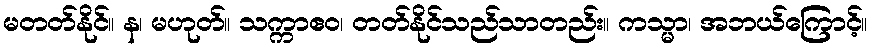
မတတ်နိုင်။ န၊ မဟုတ်။ သက္ကာဧဝ၊ တတ်နိုင်သည်သာတည်း။ ကသ္မာ၊ အဘယ်ကြောင့်။